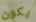
يكون